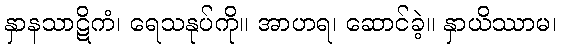
နှာနသာဋိကံ၊ ရေသနုပ်ကို။ အာဟရ၊ ဆောင်ခဲ့။ နှာယိဿာမ၊